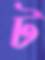
ট